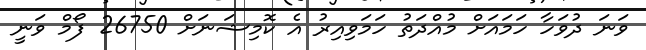
ވަނަ ދުވަހާ ހަމައަށް މުއްދަތު ހަމަވިއިރު އެ ކޮމިޝަނަށް 26750 ފޯމް ވަނީ